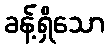
ခန့်ရှိသော